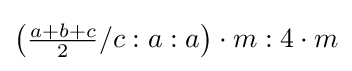
\left({\tfrac {a+b+c}{2}}/c:a:a\right)\cdot m:4\cdot m